画像に写った文字を読んでください
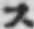
「ス」と書いてあります